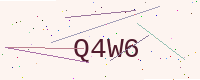
Text: Q4W6